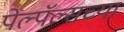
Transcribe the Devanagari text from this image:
पेल्पॅल्सच्या